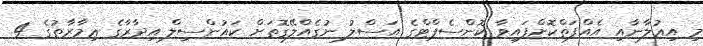
މި އިޢުލާނާއި އެއްފަތްކޮށްފައިވާ ކޮންސެޕްޓްގެ އަސްލު ނުގެއްލޭގޮތަށް ކައުންސިލް އިދާރާގެ ޢިމާރާތުގެ 4